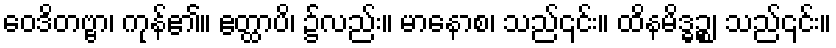
ဝေဒိတဗ္ဗာ၊ ကုန်၏။ ဧတ္ထာပိ၊ ၌လည်း။ မာနောစ၊ သည်၎င်း။ ထိနမိဒ္ဓဉ္စ၊ သည်၎င်း။